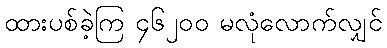
ထားပစ်ခဲ့ကြ ၄၆၂၀၀ မလုံလောက်လျှင်